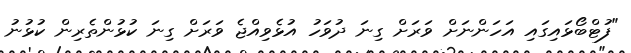
"ފުޓްބޯޅައިގައި އަހަންނަށް ވަރަށް ގިނަ ދުވަހު އުޅެވިއްޖެ ވަރަށް ގިނަ ކުޅުންތެރިން ކުޅުނު